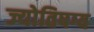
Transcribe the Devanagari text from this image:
ज्योतिषग्य